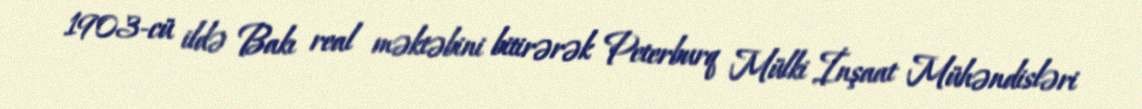
1903-cü ildə Bakı real məktəbini bitirərək Peterburq Mülki İnşaat Mühəndisləri